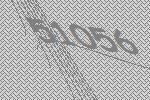
51056